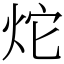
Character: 炨